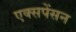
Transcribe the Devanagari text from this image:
एक्सपेंसन